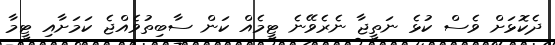
ދެކޮޅަށް ވެސް ކުޅެ ނަތީޖާ ނެރެވޭނެ ޓީމެއް ކަން ސާބިތުވެއްޖެ ކަމަށާއި ޓީމާ